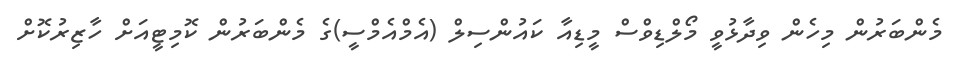
މެންބަރުން މިހެން ވިދާޅުވީ މޯލްޑިވްސް މީޑިއާ ކައުންސިލް (އެމްއެމްސީ)ގެ މެންބަރުން ކޮމިޓީއަށް ހާޒިރުކޮށް